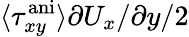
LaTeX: \langle\tau_{xy}^{\mathrm{ani}}\rangle\partial U_{x}/\partial y/2